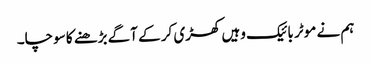
ہم نے موٹر بائیک وہیں کھڑی کر کے آگے بڑھنے کا سوچا۔